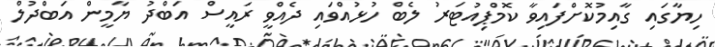
ހިޔާގައި ގާއިމުކޮށްފައިވާ ކޮމްޕިއުޓަރު ލެބް ހުޅުއްވައި ދެއްވީ ރައީސް އަބްދު ޔާމީން އަބްދުލް